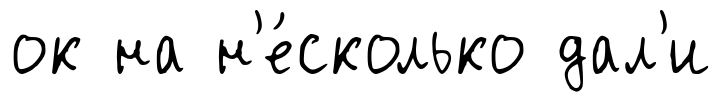
ок на н'е́сколько дал'и